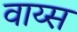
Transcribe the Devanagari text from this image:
वाय्स